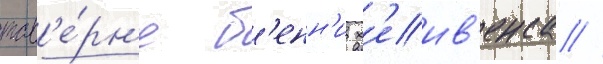
тав'е́рн'е б'енн'и х'еив'енса //